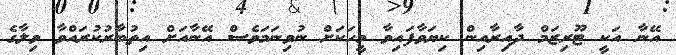
އޭނާ އަކީ ޓޫރިޒަމް ދާއިރާއިން ކިޔަވާފައިވާ މީހަކަށް ނުވިނަމަވެސް އޭނާއަށް އިތުބާރުކުރައްވާ ވިލާގެ